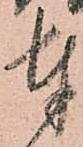
奉